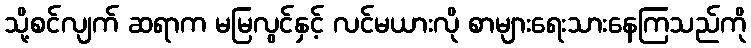
သို့စင်လျက် ဆရာက မမြလွင်နှင့် လင်မယားလို စာများရေးသားနေကြသည်ကို